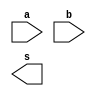
`timescale 1ns / 1ps
//////////////////////////////////////////////////////////////////////////////////
// Company: 
// Engineer: 
// 
// Design Name: 
// Module Name: and
// Project Name: 
// Target Devices: 
// Tool Versions: 
// Description: 
// 
// Dependencies: 
// 
// Revision:
// Revision 0.01 - File Created
// Additional Comments:
// 
//////////////////////////////////////////////////////////////////////////////////


module andgate(a,b,s);
input a,b;
output s;
assign y=a&b;
endmodule